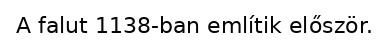
A falut 1138-ban említik először.